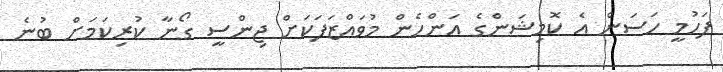
ފަހުމީ ހަސަން އެ ކޮމިޝަންގެ އަންހެން މުވައްޒަފަކަށް ޖިންސީ ގޯނާ ކުރިކަމަށް ބުނެ